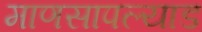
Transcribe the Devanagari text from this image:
माणसापल्याड